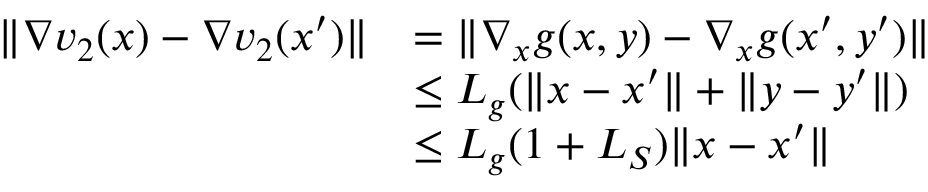
\begin{array} { r l } { \| \nabla v _ { 2 } ( x ) - \nabla v _ { 2 } ( x ^ { \prime } ) \| } & { = \| \nabla _ { x } g ( x , y ) - \nabla _ { x } g ( x ^ { \prime } , y ^ { \prime } ) \| } \\ & { \leq L _ { g } ( \| x - x ^ { \prime } \| + \| y - y ^ { \prime } \| ) } \\ & { \leq L _ { g } ( 1 + L _ { S } ) \| x - x ^ { \prime } \| } \end{array}